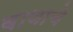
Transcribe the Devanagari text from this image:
वाणाचे